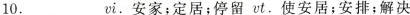
10.______vi.安家；定居；停留vt.使安居；安排；解决